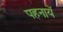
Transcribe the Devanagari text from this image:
पहनायें